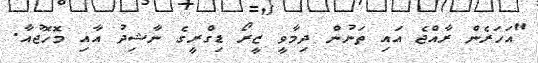
"އަހަރެން ރާއްޖެ އައި ތަނުން ދިމާވީ ޒީރޯ ޑިގްރީގެ ނާޝިދު އާއި މޮހޮޖުއާ.